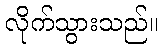
လိုက်သွားသည်။